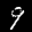
Label: 9